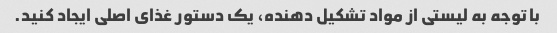
با توجه به لیستی از مواد تشکیل دهنده، یک دستور غذای اصلی ایجاد کنید.